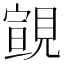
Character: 𧡢